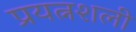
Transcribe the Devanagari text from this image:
प्रयत्नशली